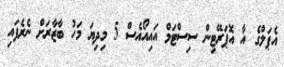
އެޕަލްގެ އާ އޮޕަރޭޓިން ސިސްޓަމް އައިއޯއެސް 5 މިދިޔަ މަހު ބާޒާރަށް ނެރެފައި